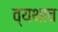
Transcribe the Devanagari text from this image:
व्यथाच